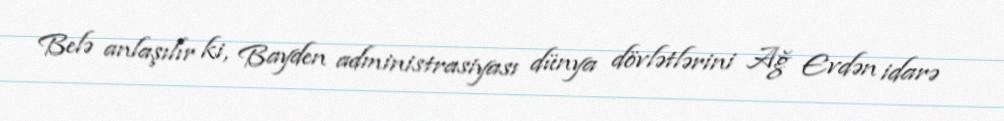
Belə anlaşılır ki, Bayden administrasiyası dünya dövlətlərini Ağ Evdən idarə